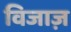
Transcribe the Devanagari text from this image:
विजाज़